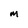
Character: M